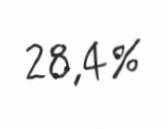
28,4%